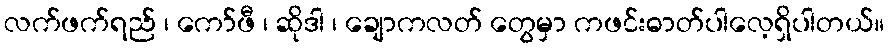
လက်ဖက်ရည် ၊ ကော်ဖီ ၊ ဆိုဒါ ၊ ချောကလတ် တွေမှာ ကဖင်းဓာတ်ပါလေ့ရှိပါတယ်။